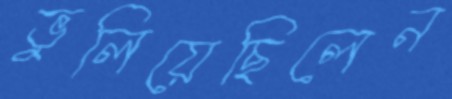
ভুলিয়েছিলেন